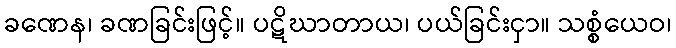
ခဏေန၊ ခဏခြင်းဖြင့်။ ပဋိဃာတာယ၊ ပယ်ခြင်းငှာ။ သစ္စံယေဝ၊